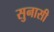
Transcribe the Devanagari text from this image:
सुनासी